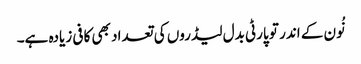
نُون کے اندر تو پارٹی بدل لیڈروں کی تعداد بھی کافی زیادہ ہے۔